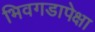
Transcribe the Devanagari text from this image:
भिवगडापेक्षा